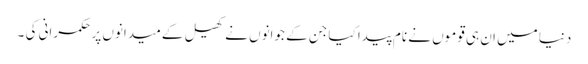
دنیا میں ان ہی قوموں نے نام پیدا کیا جن کے جوانوں نے کھیل کے میدانوں پر حکمرانی کی ۔